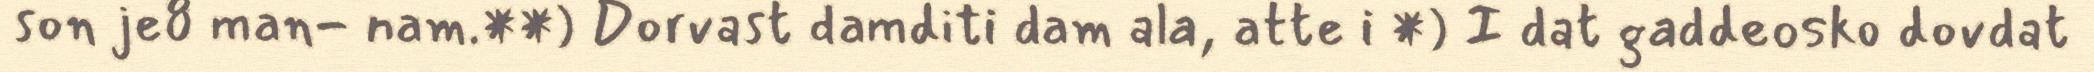
son je8 man- nam.**) Dorvast damditi dam ala, atte i *) I dat gaddeosko dovdat